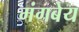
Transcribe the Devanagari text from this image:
मंगबेय